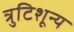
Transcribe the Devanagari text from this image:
त्रुटिशून्य